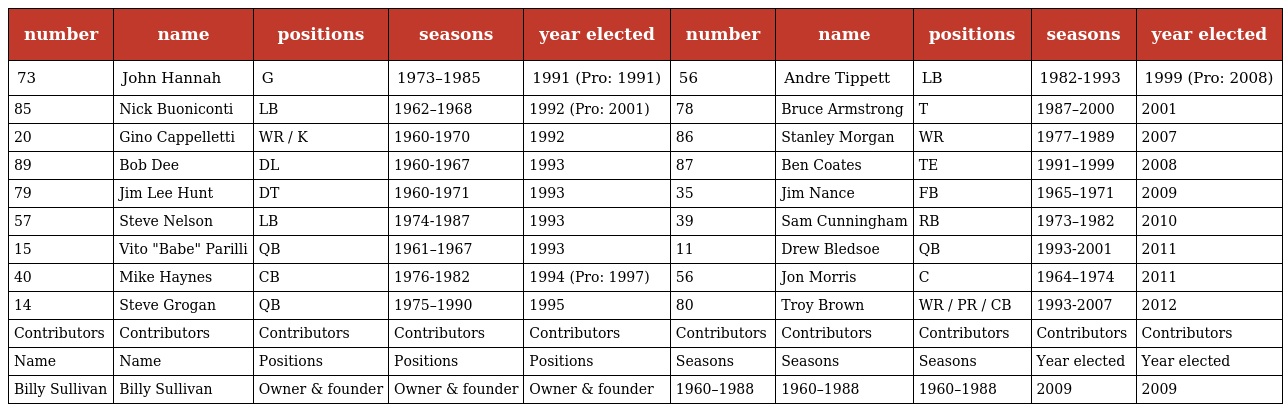
| number | name | positions | seasons | year elected | number | name | positions | seasons | year elected |
 | --- | --- | --- | --- | --- | --- | --- | --- | --- | --- |
 | 73 | John Hannah | G | 1973–1985 | 1991 (Pro: 1991) | 56 | Andre Tippett | LB | 1982-1993 | 1999 (Pro: 2008) |
 | 85 | Nick Buoniconti | LB | 1962–1968 | 1992 (Pro: 2001) | 78 | Bruce Armstrong | T | 1987–2000 | 2001 |
 | 20 | Gino Cappelletti | WR / K | 1960-1970 | 1992 | 86 | Stanley Morgan | WR | 1977–1989 | 2007 |
 | 89 | Bob Dee | DL | 1960-1967 | 1993 | 87 | Ben Coates | TE | 1991–1999 | 2008 |
 | 79 | Jim Lee Hunt | DT | 1960-1971 | 1993 | 35 | Jim Nance | FB | 1965–1971 | 2009 |
 | 57 | Steve Nelson | LB | 1974-1987 | 1993 | 39 | Sam Cunningham | RB | 1973–1982 | 2010 |
 | 15 | Vito "Babe" Parilli | QB | 1961–1967 | 1993 | 11 | Drew Bledsoe | QB | 1993-2001 | 2011 |
 | 40 | Mike Haynes | CB | 1976-1982 | 1994 (Pro: 1997) | 56 | Jon Morris | C | 1964–1974 | 2011 |
 | 14 | Steve Grogan | QB | 1975–1990 | 1995 | 80 | Troy Brown | WR / PR / CB | 1993-2007 | 2012 |
 | Contributors | Contributors | Contributors | Contributors | Contributors | Contributors | Contributors | Contributors | Contributors | Contributors |
 | Name | Name | Positions | Positions | Positions | Seasons | Seasons | Seasons | Year elected | Year elected |
 | Billy Sullivan | Billy Sullivan | Owner & founder | Owner & founder | Owner & founder | 1960–1988 | 1960–1988 | 1960–1988 | 2009 | 2009 |